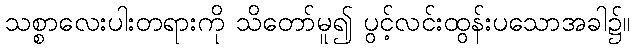
သစ္စာလေးပါးတရားကို သိတော်မူ၍ ပွင့်လင်းထွန်းပသောအခါ၌။